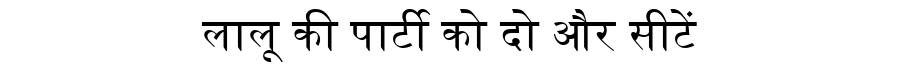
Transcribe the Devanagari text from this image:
लालू की पार्टी को दो और सीटें